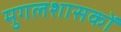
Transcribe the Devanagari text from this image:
मुगलशासकों